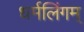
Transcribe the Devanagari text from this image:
धर्मलिंगम्